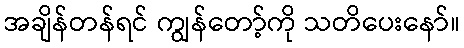
အချိန်တန်ရင် ကျွန်တော့်ကို သတိပေးနော်။